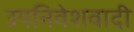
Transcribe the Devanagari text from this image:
उपनिवेशवादी